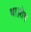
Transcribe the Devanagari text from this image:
था।शेष